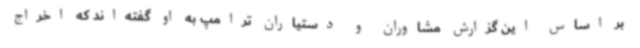
بر اساس این گزارش مشاوران و دستیاران ترامپ به او گفته‌اند که اخراج